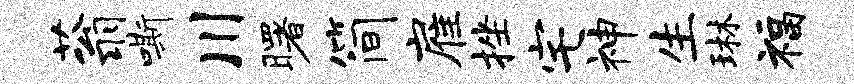
蓊嘶川曙简雇挫宅神生琳福